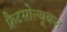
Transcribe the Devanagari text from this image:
फ़ैटसोल्यूबल